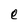
Character: e